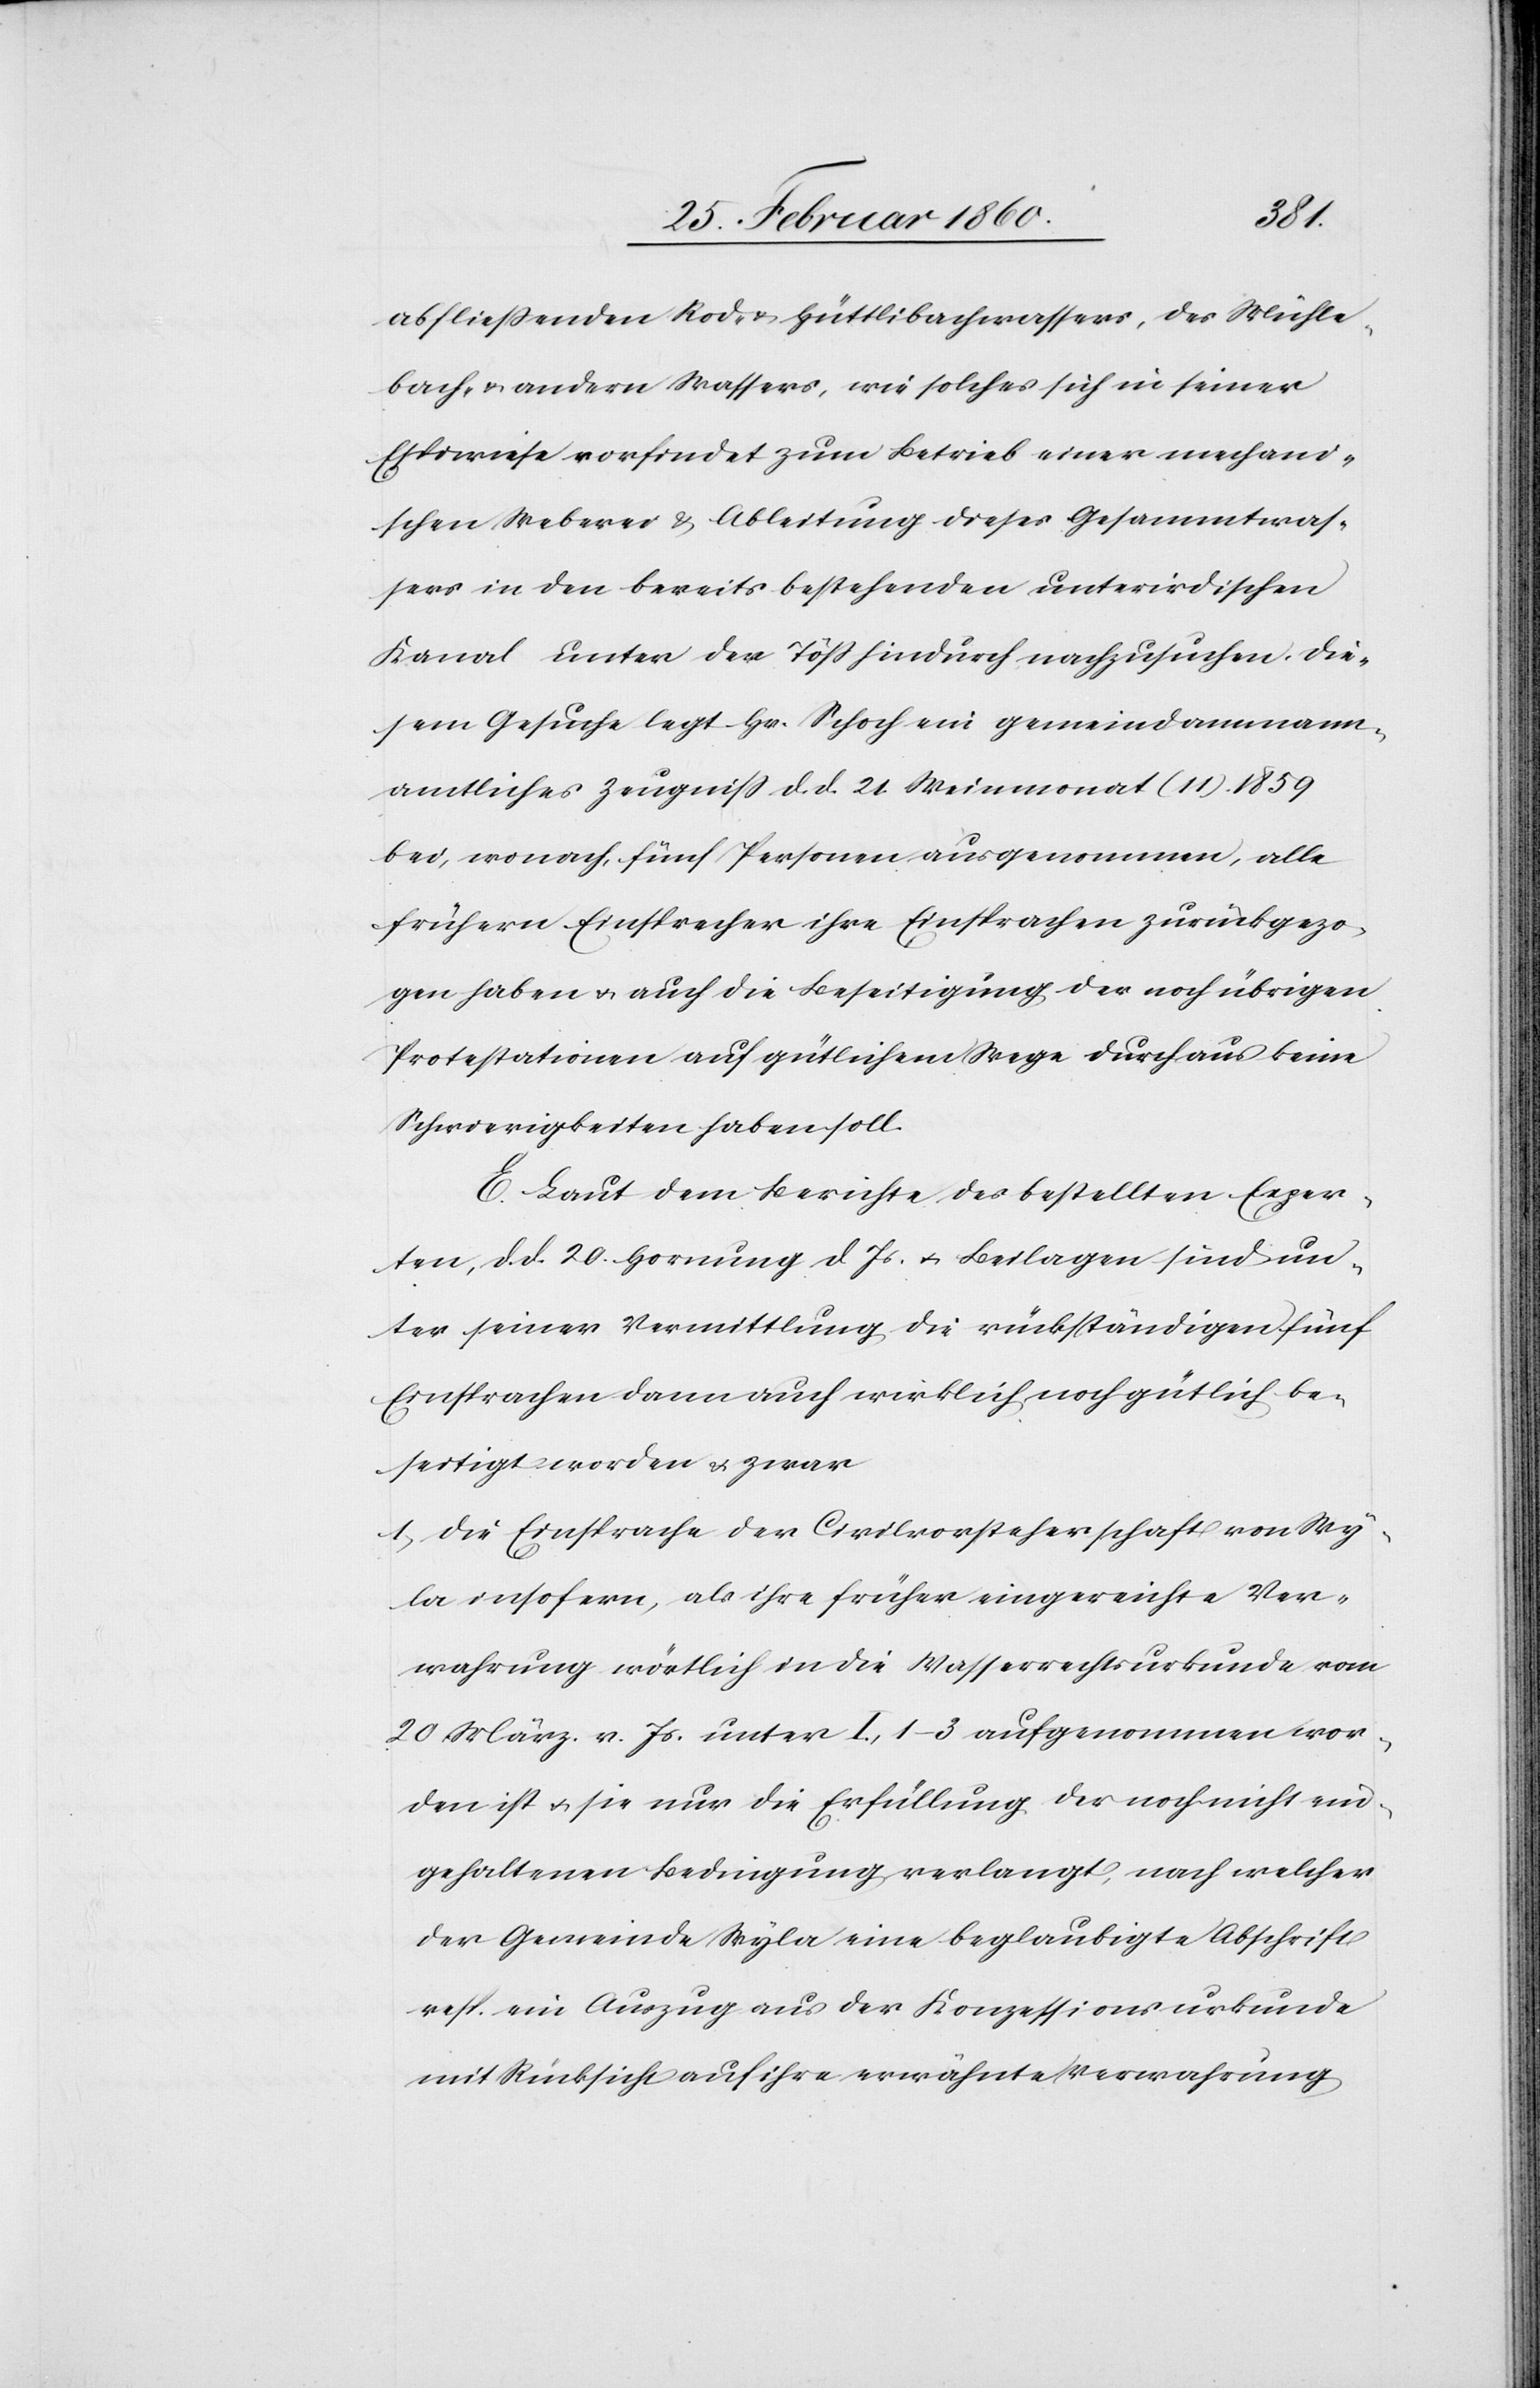
abfliessenden Rod- u. Hüttlisbachwassers, des Mühle¬
bach, u. andern Wassers, wie solches sich in seiner
Espiwiese vorfindet zum Betrieb einer mechani¬
schen Weberei u. Ableitung dieses Gesammtwas¬
sers in den bereits bestehenden unterirdischen
Kanal unter der Töss hindurch nachzusuchen. Die¬
sem Gesuche legt Hr. Schoch ein gemeindammann¬
amtliches Zeugniss d. d. 21. Weinmonat (11) 1859
bei, wonach, fünf Personen ausgenommen, alle
frühern Einsprecher ihre Einsprachen zurückgezo¬
gen haben u. auch die Beseitigung der noch übrigen
Protestationen auf gütlichem Wege durchaus keine
Schwierigkeiten haben soll.
E. Laut dem Berichte des bestellten Exper¬
ten, d. d. 20. Hornung d. Js. u. Beilagen sind un¬
ter seiner Vermittlung die rückständigen fünf
Einsprachen dann auch wirklich noch gütlich be¬
seitigt worden u. zwar
1. Die Einsprache der Civilvorsteherschaft von Wy¬
la insofern, als ihre früher eingereichte Ver¬
wahrung wörtlich in die Wasserrechtsurkunde vom
20. März v. Js. unter I, 1–3 aufgenommen wor¬
den ist u. sie nur die Erfüllung der noch nicht ein¬
gehaltenen Bedingung verlangt, nach welcher
der Gemeinde Wyla eine beglaubigte Abschrift
resp. ein Auszug aus der Konzessionsurkunde
mit Rücksicht auf ihre erwähnte Verwahrung